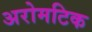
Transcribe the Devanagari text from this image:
अरोमटिक